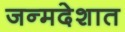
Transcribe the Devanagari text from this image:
जन्मदेशात